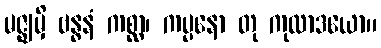
မဇ္ဈမှိ ဗန္ဓနံ ကစ္ဆာ၊ ကပ္ပနော တု ကုထာဒယော။